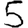
Digit: 5